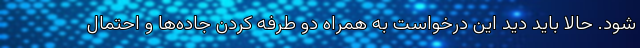
شود. حالا باید دید این درخواست به همراه دو طرفه کردن جاده‌ها و احتمال